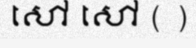
សៅ សៅ ( )